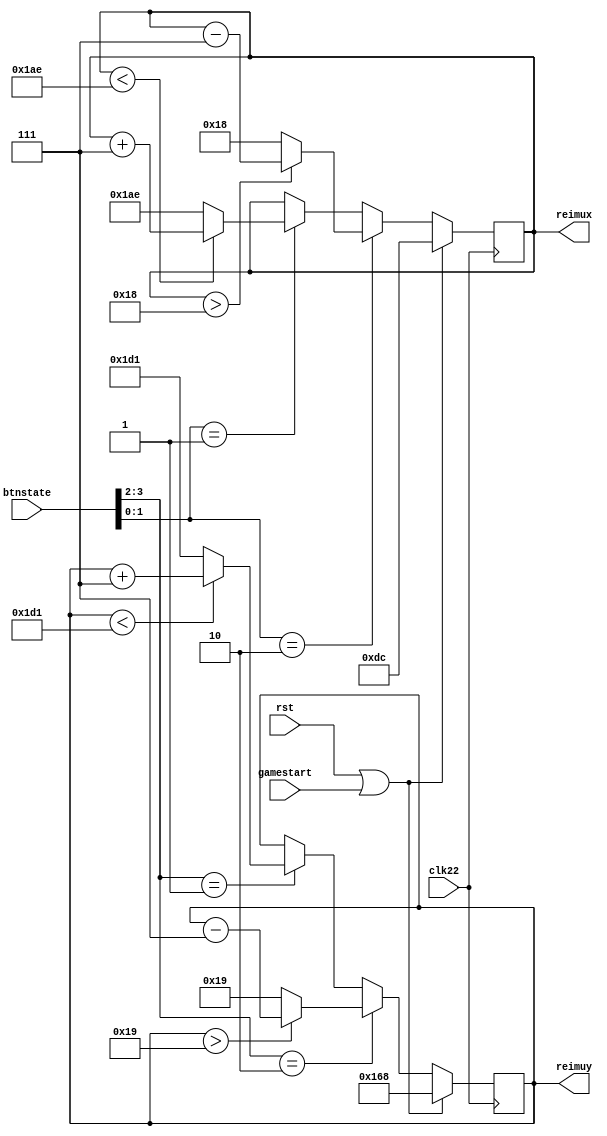
module reimu(rst,clk22,gamestart,btnstate,reimux,reimuy);//
    input rst;
	input clk22;
	input gamestart;
	input [3:0]btnstate;
	/*
	keyboard
	up => 1000
	down => 0100
	left => 0010
	right => 0001
	*/
	output reg [9:0] reimux;
	output reg [9:0] reimuy;
	reg [9:0] nt_reimux;
	reg [9:0] nt_reimuy;

	always@(posedge clk22)
	begin
		if(rst || gamestart)
		begin
			reimux <= 10'd220;
			reimuy <= 10'd360;
		end
		else
		begin
			reimux <= nt_reimux;
			reimuy <= nt_reimuy;
		end
	end
	
	always@(*)
	begin
		if(btnstate[3:2] == 2'b10)//up
		begin
			if(reimuy > 10'd25)
			nt_reimuy = reimuy - 10'd7;
			else
			nt_reimuy = 10'd25;
		end
		else if(btnstate[3:2] == 2'b01)//down
		begin
			if(reimuy < 10'd465)
			nt_reimuy = reimuy + 10'd7;
			else
			nt_reimuy = 10'd465;
		end
		else
		begin
			nt_reimuy = reimuy;
		end
		
		if(btnstate[1:0] == 2'b10)//left
		begin
			if(reimux > 10'd24)
			nt_reimux = reimux - 10'd7;
			else
			nt_reimux = 10'd24;
		end
		else if(btnstate[1:0] == 2'b01)//right
		begin
			if(reimux < 10'd430)
			nt_reimux = reimux + 10'd7;
			else
			nt_reimux = 10'd430;
		end
		else
		begin
			nt_reimux = reimux;
		end
	end

endmodule